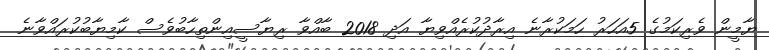
ޔާމީން ވެރިކަމުގެ 5އަހަރު ހަމަކުރާނެ އިރާދުކުރެއްވިޔާ އަދި 2018 ބާއްވާ ރިޔާސީއިންތިހާބުވެސް ކާމިޔާބުކުރައްވާނެ